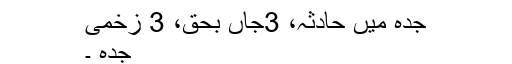
جدہ میں حادثہ، 3جاں بحق، 3 زخمی
جدہ ۔